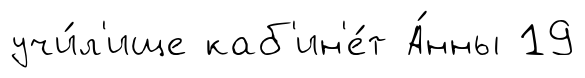
учи́л'ище каб'ин'е́т А́нны 19